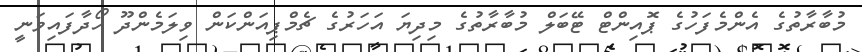
މުބާރާތުގެ އެންމެފަހުގެ ޕޮއިންޓް ޓޭބަލް މުބާރާތުގެ މިދިޔަ އަހަރުގެ ޗެމްޕިއަންކަން ވިލަމެންދޫ ހޯދާފައިވަނީ